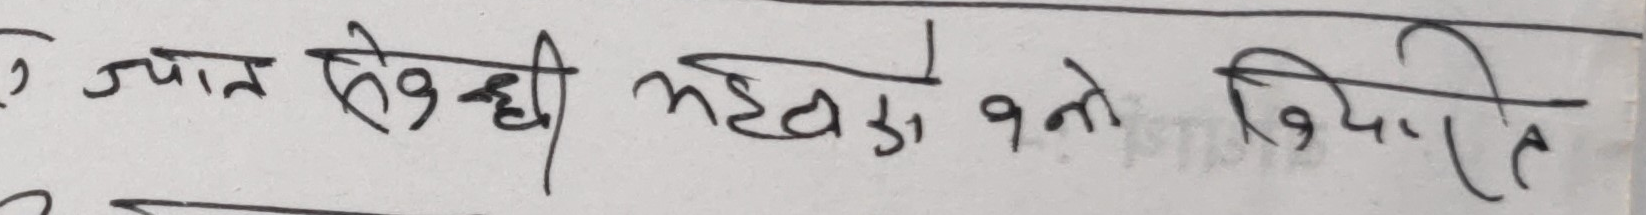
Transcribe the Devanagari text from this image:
ज्यान सेहडी मदुरी बने दिदाहि